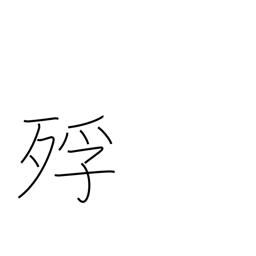
Meaning: dying of starvation